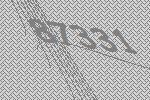
87331